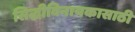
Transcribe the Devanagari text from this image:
सिद्धीविनायकासाठी